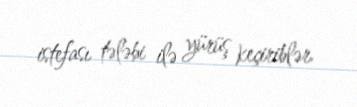
istefası tələbi ilə yürüş keçiriblər.